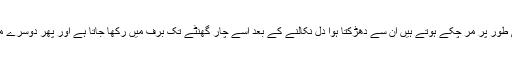
عام طور پر ’برین ڈیڈ‘ یا وہ مریض جو دماغی طور پر مر چکے ہوتے ہیں ان سے دھڑکتا ہوا دل نکالنے کے بعد اسے چار گھنٹے تک برف میں رکھا جاتا ہے اور پھر دوسرے مریض میں ٹرانسپلانٹ یا پیوند کر دیا جاتا ہے۔